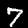
Label: 7